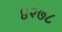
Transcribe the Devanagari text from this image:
४२७८